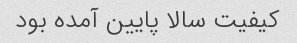
کیفیت سالا پایین آمده بود